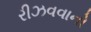
રીઝવવાનો